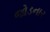
જોડનાર